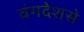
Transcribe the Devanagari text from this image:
वंगदेशसे